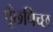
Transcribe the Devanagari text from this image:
पूँछपिच्छ